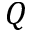
Q